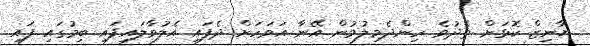
ޔާނިޒް ކޮޅަށް ތެދުވެ ހިންދެމިލުމުން އޭނާ އަވަހަށް ދެފައި އެލުވާލައިފައި ބިމުގައި ފައި